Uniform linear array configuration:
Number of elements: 24
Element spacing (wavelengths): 1
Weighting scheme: binomial
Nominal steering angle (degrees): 30
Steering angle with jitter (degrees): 31.519
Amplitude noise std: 0.05
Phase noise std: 0.05

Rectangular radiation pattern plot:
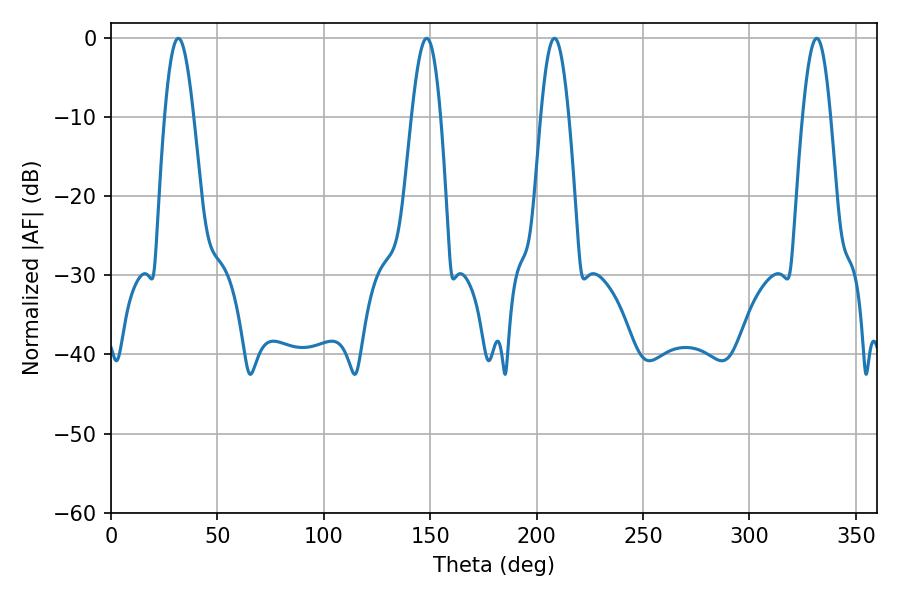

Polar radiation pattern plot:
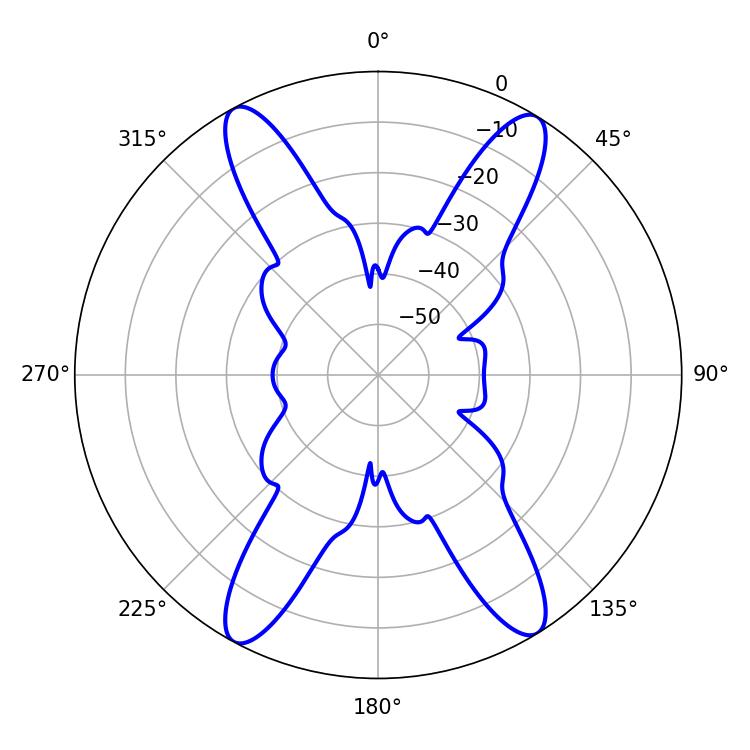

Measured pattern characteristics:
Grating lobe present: TRUE
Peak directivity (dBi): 20.155
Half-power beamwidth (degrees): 7.38
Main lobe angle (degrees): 31.68